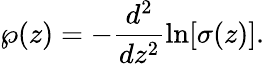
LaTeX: \wp(z)=-\frac{d^{2}}{dz^{2}}\ln[\sigma(z)].